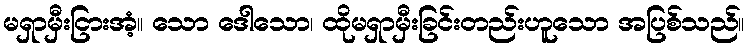
မရှာမှီးငြားအံ့။ သော ဒေါသော၊ ထိုမရှာမှီးခြင်းတည်းဟူသော အပြစ်သည်။